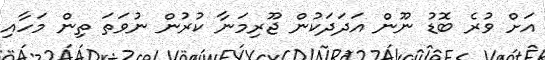
އަށް ވުރެ ބޮޑު ނޫން އަދަދަކުން ޖޫރިމަނާ ކުރުން ނުވަތަ ތިން މަހާއި